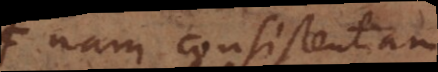
et nam consistentiam